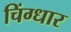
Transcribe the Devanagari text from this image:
चिंग्धार